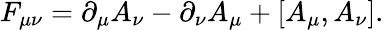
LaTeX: F_{\mu\nu}=\partial_{\mu}A_{\nu}-\partial_{\nu}A_{\mu}+[A_{\mu},A_{\nu}].